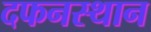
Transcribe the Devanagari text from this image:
दफनस्थान